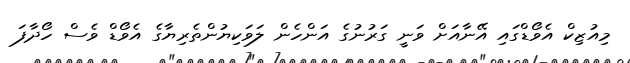
މިއުޒިކް އެވޯޑްގައި އޭނާއަށް ވަނީ ގަރުނުގެ އަންހެން ލަވަކިޔުންތެރިޔާގެ އެވޯޑް ވެސް ހޯދާފަ